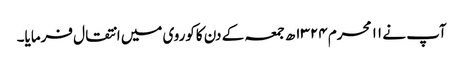
آپ نے ۱۱ محرم ۱۳۲۴ھ جمعہ کے دن کاکوروی میں انتقال فرمایا۔